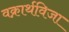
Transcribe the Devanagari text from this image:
वक्रार्थविजा